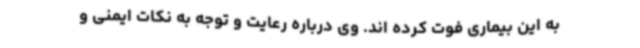
به این بیماری فوت کرده اند. وی درباره رعایت و توجه به نکات ایمنی و